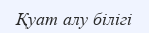
Қуат алу білігі